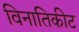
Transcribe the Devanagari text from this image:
विनातिकीट